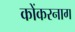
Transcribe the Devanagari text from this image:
कोंकरनाग